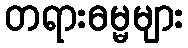
တရားဓမ္မများ